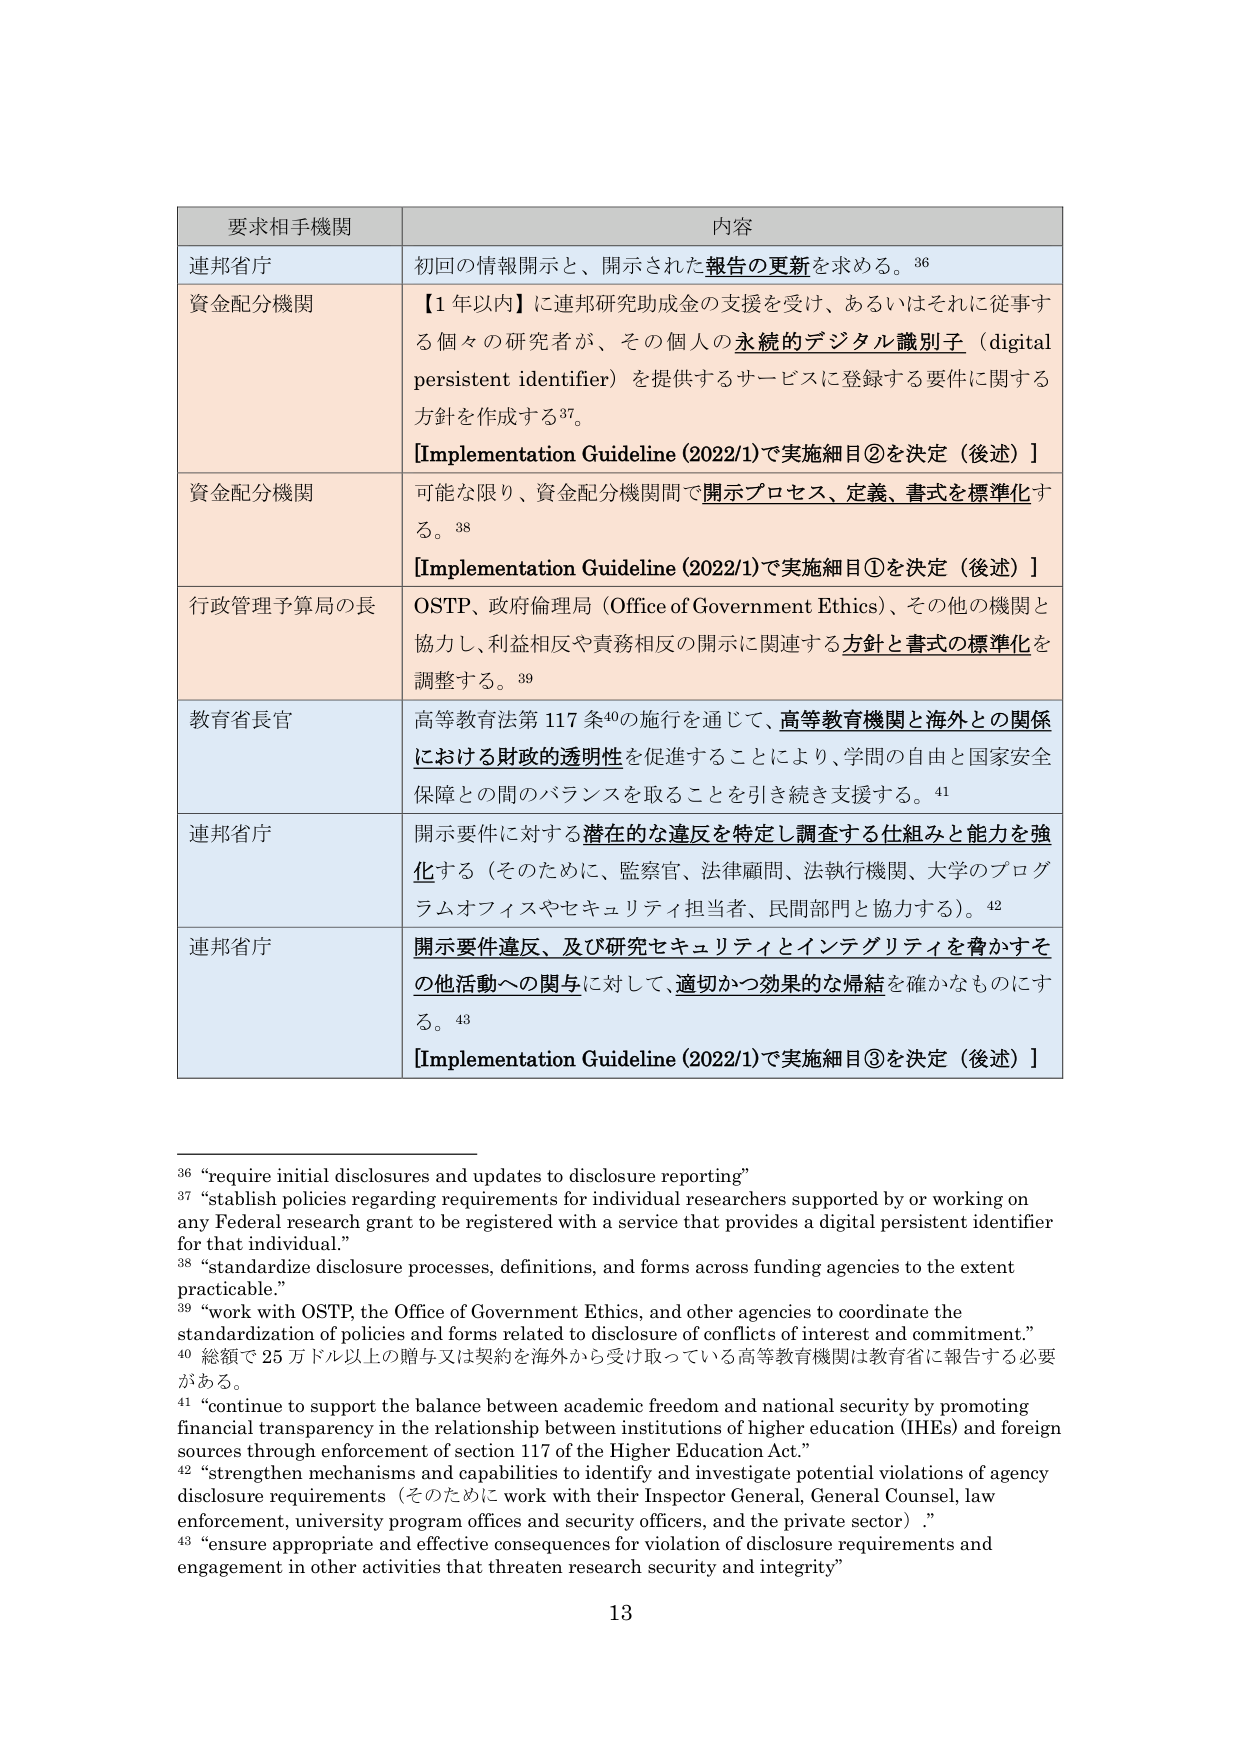
要求相手機関 内容
連邦省庁 初回の情報開示と、開示された報告の更新を求める。36
資金配分機関 【1 年以内】に連邦研究助成金の支援を受け、あるいはそれに従事す
る個々の研究者が、その個人の永続的デジタル識別子（digital
persistent identifier）を提供するサービスに登録する要件に関する
方針を作成する37。
【Implementation Guideline (2022/1)で実施細目②を決定（後述）】
資金配分機関 可能な限り、資金配分機関間で開示プロセス、定義、書式を標準化す
る。38
【Implementation Guideline (2022/1)で実施細目①を決定（後述）】
行政管理予算局の長 OSTP、政府倫理局（Office of Government Ethics）、その他の機関と
協力し、利益相反や責務相反の開示に関連する方針と書式の標準化を
調整する。39
教育省長官 高等教育法第 117 条40の施行を通じて、高等教育機関と海外との関係
における財政的透明性を促進することにより、学問の自由と国家安全
保障との間のバランスを取ることを引き続き支援する。41
連邦省庁 開示要件に対する潜在的な違反を特定し調査する仕組みと能力を強
化する（そのため、監察官、法律顧問、法執行機関、大学のプログ
ラムオフィスやセキュリティ担当者、民間部門と協力する）。42
連邦省庁 開示要件違反、及び研究セキュリティとインテグリティを脅かすそ
の他活動への関与に対して、適切かつ効果的な帰結を確かなものにす
る。43
【Implementation Guideline (2022/1)で実施細目③を決定（後述）】
36 “require initial disclosures and updates to disclosure reporting”
37 “stablish policies regarding requirements for individual researchers supported by or working on
any Federal research grant to be registered with a service that provides a digital persistent identifier
for that individual.”
38 “standardize disclosure processes, definitions, and forms across funding agencies to the extent
practicable.”
39 “work with OSTP, the Office of Government Ethics, and other agencies to coordinate the
standardization of policies and forms related to disclosure of conflicts of interest and commitment.”
40 総額で 25 万ドル以上の贈与又は契約を海外から受け取っている高等教育機関は教育省に報告する必要
がある。
41 “continue to support the balance between academic freedom and national security by promoting
financial transparency in the relationship between institutions of higher education (IHEs) and foreign
sources through enforcement of section 117 of the Higher Education Act.”
42 “strengthen mechanisms and capabilities to identify and investigate potential violations of agency
disclosure requirements（そのため、work with their Inspector General, General Counsel, law
enforcement, university program offices and security officers, and the private sector）.”
43 “ensure appropriate and effective consequences for violation of disclosure requirements and
engagement in other activities that threaten research security and integrity”
13